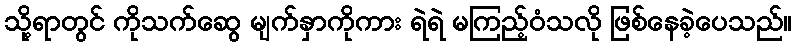
သို့ရာတွင် ကိုသက်ဆွေ မျက်နှာကိုကား ရဲရဲ မကြည့်ဝံသလို ဖြစ်နေခဲ့ပေသည်။